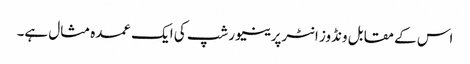
اس کے مقابل ونڈوز انٹرپرینیورشپ کی ایک عمدہ مثال ہے۔